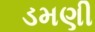
ડમણી